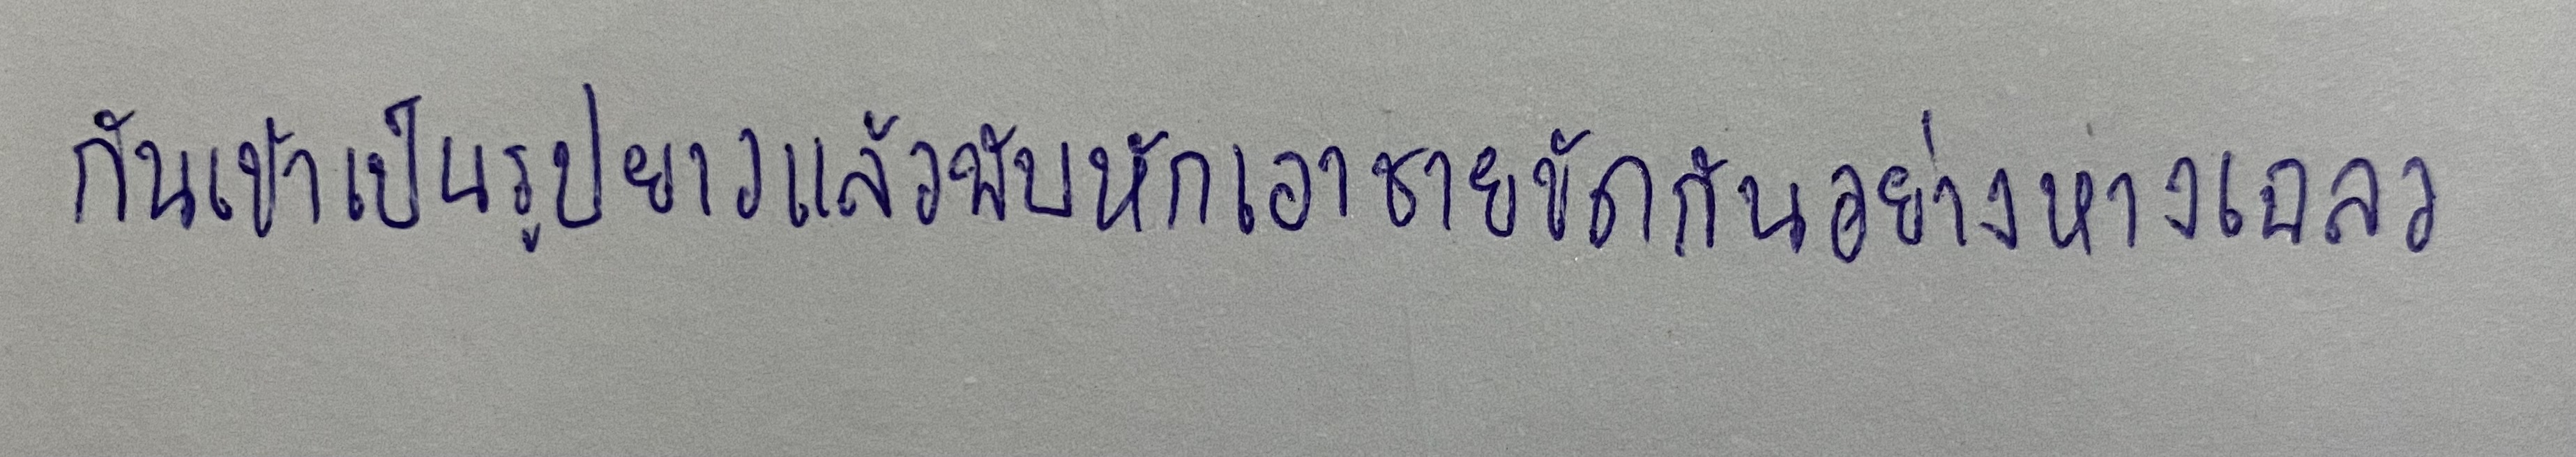
กันเข้าเป็นรูปยาวแล้วพับหักเอาชายขัดกันอย่างหางเฉลว